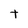
Character: t